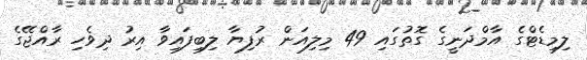
ލިމިޑެޓްގެ އާމްދަނީގެ ގޮތުގައި 49 މިލިއަން ރުފިޔާ ލިބިފައިވާ އިރު ދިވެހި ރާއްޖޭގެ